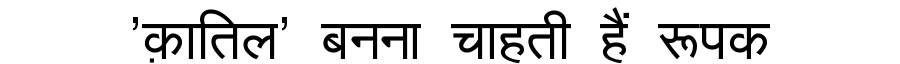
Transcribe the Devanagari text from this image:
'क़ातिल' बनना चाहती हैं रूपक